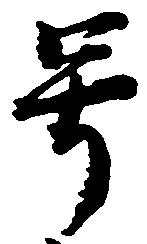
号